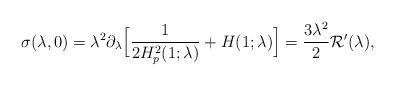
LaTeX: \begin{align*} \sigma (\lambda,0) = \lambda^2 \partial_{\lambda} \Big[ \frac{1}{2 H_p^2 (1;\lambda)}+ H (1;\lambda) \Big] = \frac{3\lambda^2}{2} {\cal R}' (\lambda) ,\end{align*}